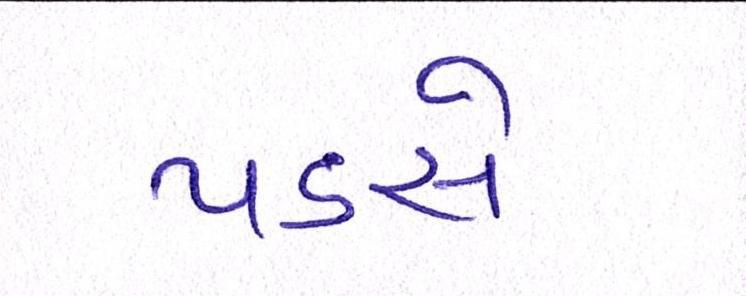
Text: પડસે